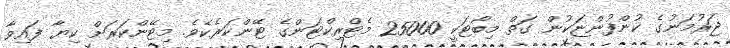
ޖަރުމަނުގެ ކުންފުންޏަކުން ގަތް މިބޯޓަކީ 25000 މެޓްރިކްޓަންގެ ޓޭންކަރެކެވެ. މިޓޭންކަރަށް ކިޔާ ފައިވާ